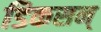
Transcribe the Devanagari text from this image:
डिकसन्